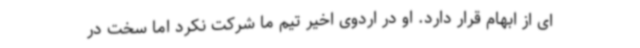
ای از ابهام قرار دارد. او در اردوی اخیر تیم ما شرکت نکرد اما سخت در